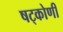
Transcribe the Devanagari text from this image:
षट्कोणी